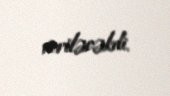
veriləcəkdi.